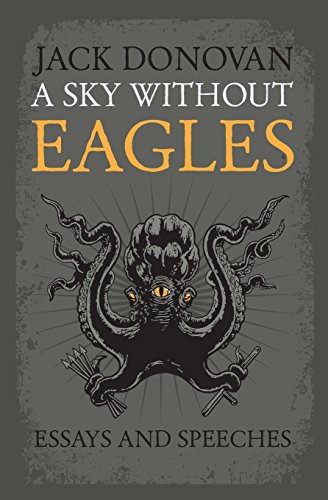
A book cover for A Sky Without Eagles; Jack Donovan; Literature & Fiction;